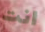
انت